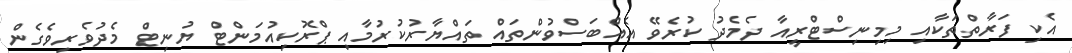
އެކި ފަރާތްތަކާއި މިމިނިސްޓްރީއާ ދެމެދު ކުރެވޭ އެއްބަސްވުންތައް ތައްޔާރުކުރުމާއި ޕްރޮކިއުމަންޓް ޔުނިޓް މެދުވެރިވެގެން